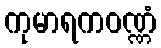
ကုမာရကဝဏ္ဏံ